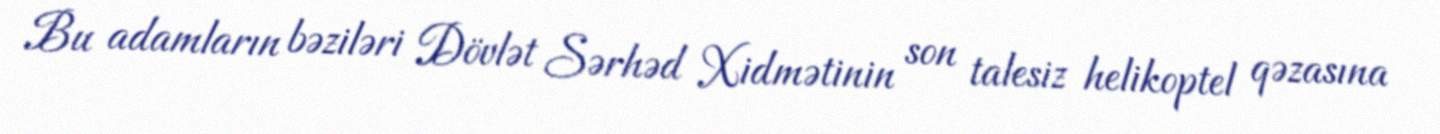
Bu adamların bəziləri Dövlət Sərhəd Xidmətinin son talesiz helikoptel qəzasına